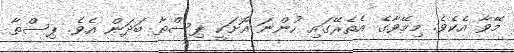
މޭވާ އެކެވެ. މިމޭވާގެ އެތެރޭގައި ހުންނަ އޮށަކީ ޕިސްތާ ބަދަން އެވެ. ޕިސްތާ